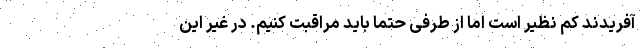
آفریدند کم نظیر است اما از طرفی حتما باید مراقبت کنیم. در غیر این